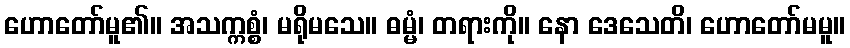
ဟောတော်မူ၏။ အသက္ကစ္စံ၊ မရိုမသေ။ ဓမ္မံ၊ တရားကို။ နော ဒေသေတိ၊ ဟောတော်မမူ။